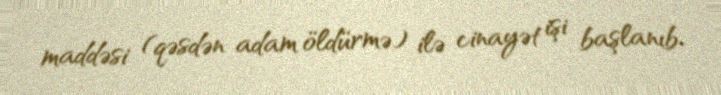
maddəsi (qəsdən adam öldürmə) ilə cinayət işi başlanıb.